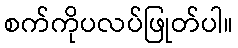
စက်ကိုပလပ်ဖြုတ်ပါ။